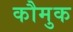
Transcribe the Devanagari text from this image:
कौमुक